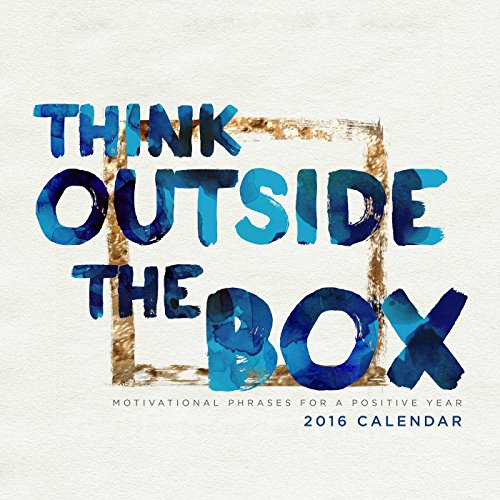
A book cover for Think Outside the Box 2016 Wall Calendar: Motivational Phrases for a Positive Year; Art Remedy LLC; Arts & Photography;